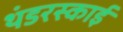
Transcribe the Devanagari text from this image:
थंडरस्काई